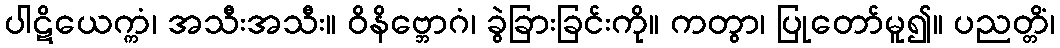
ပါဋိယေက္ကံ၊ အသီးအသီး။ ဝိနိဗ္ဘောဂံ၊ ခွဲခြားခြင်းကို။ ကတွာ၊ ပြုတော်မူ၍။ ပညတ္တိံ၊